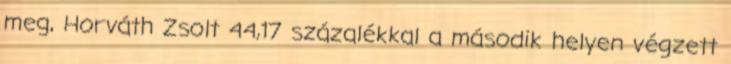
meg, Horváth Zsolt 44,17 százalékkal a második helyen végzett